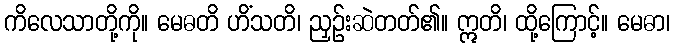
ကိလေသာတို့ကို။ မေဓတိ ဟိံသတိ၊ ညှဉ်းဆဲတတ်၏။ ဣတိ၊ ထို့ကြောင့်။ မေဓာ၊